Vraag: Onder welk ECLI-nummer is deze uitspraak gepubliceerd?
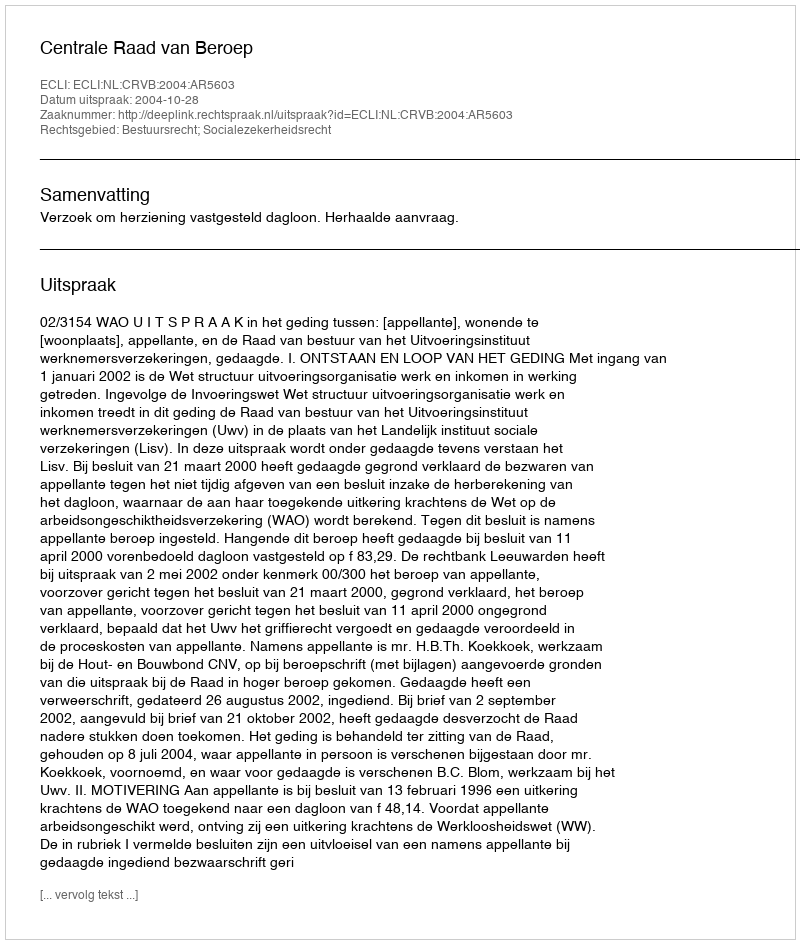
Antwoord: ECLI:NL:CRVB:2004:AR5603